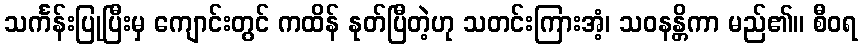
သင်္ကန်းပြုပြီးမှ ကျောင်းတွင် ကထိန် နုတ်ပြီတဲ့ဟု သတင်းကြားအံ့၊ သဝနန္တိကာ မည်၏။ စီဝရ